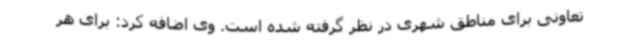
تعاونی برای مناطق شهری در نظر گرفته شده است. وی اضافه کرد: برای هر